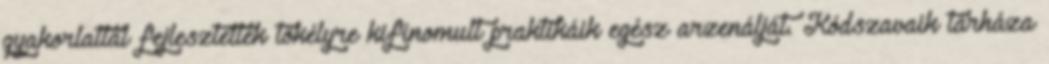
gyakorlattal fejlesztették tökélyre kifinomult praktikáik egész arzenálját. Kódszavaik tárháza